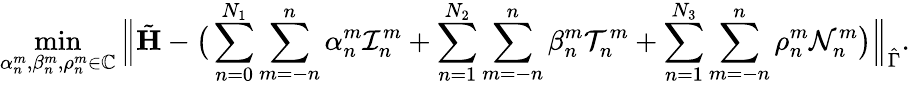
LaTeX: \operatorname*{min}_{\alpha_{n}^{m},\beta_{n}^{m},\rho_{n}^{m}\in\mathbb C}\Big\| \tilde{\mathbf{H}}-\big(\sum_{n=0}^{N_{1}}\sum_{m=-n}^{n}\alpha_{n}^{m}\mathcal{I}_{n}^{m}+\sum_{n=1}^{N_{2}}\sum_{m=-n}^{n}\beta_{n}^{m}\mathcal{T}_{n}^{m}+\sum_{n=1}^{N_{3}}\sum_{m=-n}^{n}\rho_{n}^{m}\mathcal{N}_{n}^{m}\big)\Big\| _{\hat{\Gamma}}.